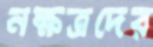
নক্ষত্রদের